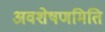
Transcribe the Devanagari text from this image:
अवशेषणमिति